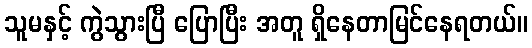
သူမနှင့် ကွဲသွားပြီ ပြောပြီး အတူ ရှိနေတာမြင်နေရတယ်။